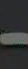
-